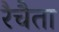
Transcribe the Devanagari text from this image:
रैचैता